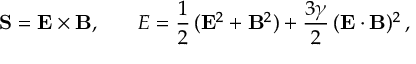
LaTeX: { \bf S } = { \bf E } \times { \bf B } , \, \ \ \, \ \ \, { \cal { E } } = \frac { 1 } { 2 } \, ( { \bf E } ^ { 2 } + { \bf B } ^ { 2 } ) + \frac { 3 \gamma } { 2 } \, ( { \bf E } \cdot { \bf B } ) ^ { 2 } \, ,